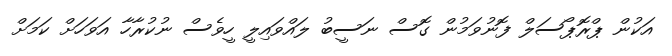
އަކުން ޕްރޮޕޯސަލް ފޮނުވަމުން ގޮސް ނަސީބު ލައްވައިލީ ހީވެސް ނުކުރާހާ އަވަހަށް ކަމަށް